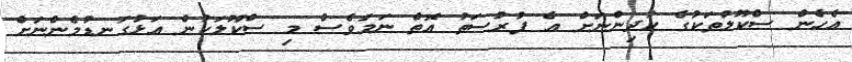
އެހެން ސްކޫލުތަކުގެ ކުދިންނަށް އެ ފުރުސަތު އޮތް ނަމަވެސް މި ސްކޫލަކުން އަޅުގަނޑުމެންނަށް